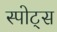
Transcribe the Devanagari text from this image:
स्‍पोट्स